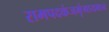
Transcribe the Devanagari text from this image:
रामपदकंजभृंगायमान